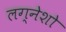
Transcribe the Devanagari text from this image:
लग्नेशो